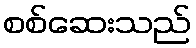
စစ်ဆေးသည်